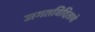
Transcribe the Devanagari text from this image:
जगतविदिताये